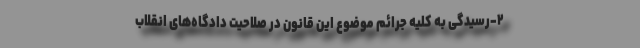
۲-رسیدگی به کلیه جرائم موضوع این قانون در صلاحیت دادگاه‌های انقلاب